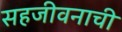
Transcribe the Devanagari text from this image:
सहजीवनाची